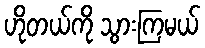
ဟိုတယ်ကို သွားကြမယ်